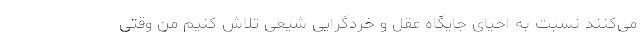
می‌کنند نسبت به احیای جایگاه عقل و خردگرایی شیعی تلاش کنیم من وقتی